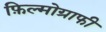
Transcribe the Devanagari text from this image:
फ़िल्मोग्राफी